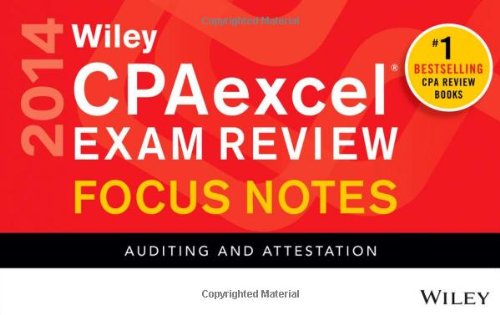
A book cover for Wiley CPAexcel Exam Review 2014 Focus Notes: Auditing and Attestation; Wiley; Business & Money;